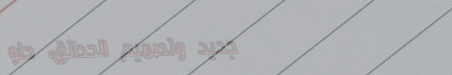
تجديد وتصميم الحدائق، حلو